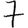
Digit: 7